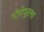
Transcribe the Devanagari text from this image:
गौरीपूरला